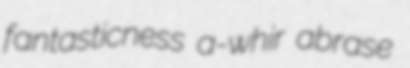
fantasticness a-whir abrase